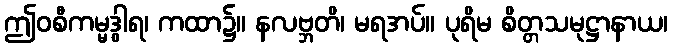
ဤဝစီကမ္မဒွါရ၊ ကထာ၌။ နလဗ္ဘတိ၊ မရအပ်။ ပုရိမ စိတ္တသမုဋ္ဌာနာယ၊